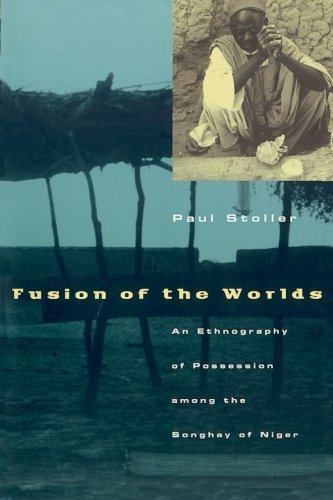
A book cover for Fusion of the Worlds: An Ethnography of Possession among the Songhay of Niger; Paul Stoller; History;